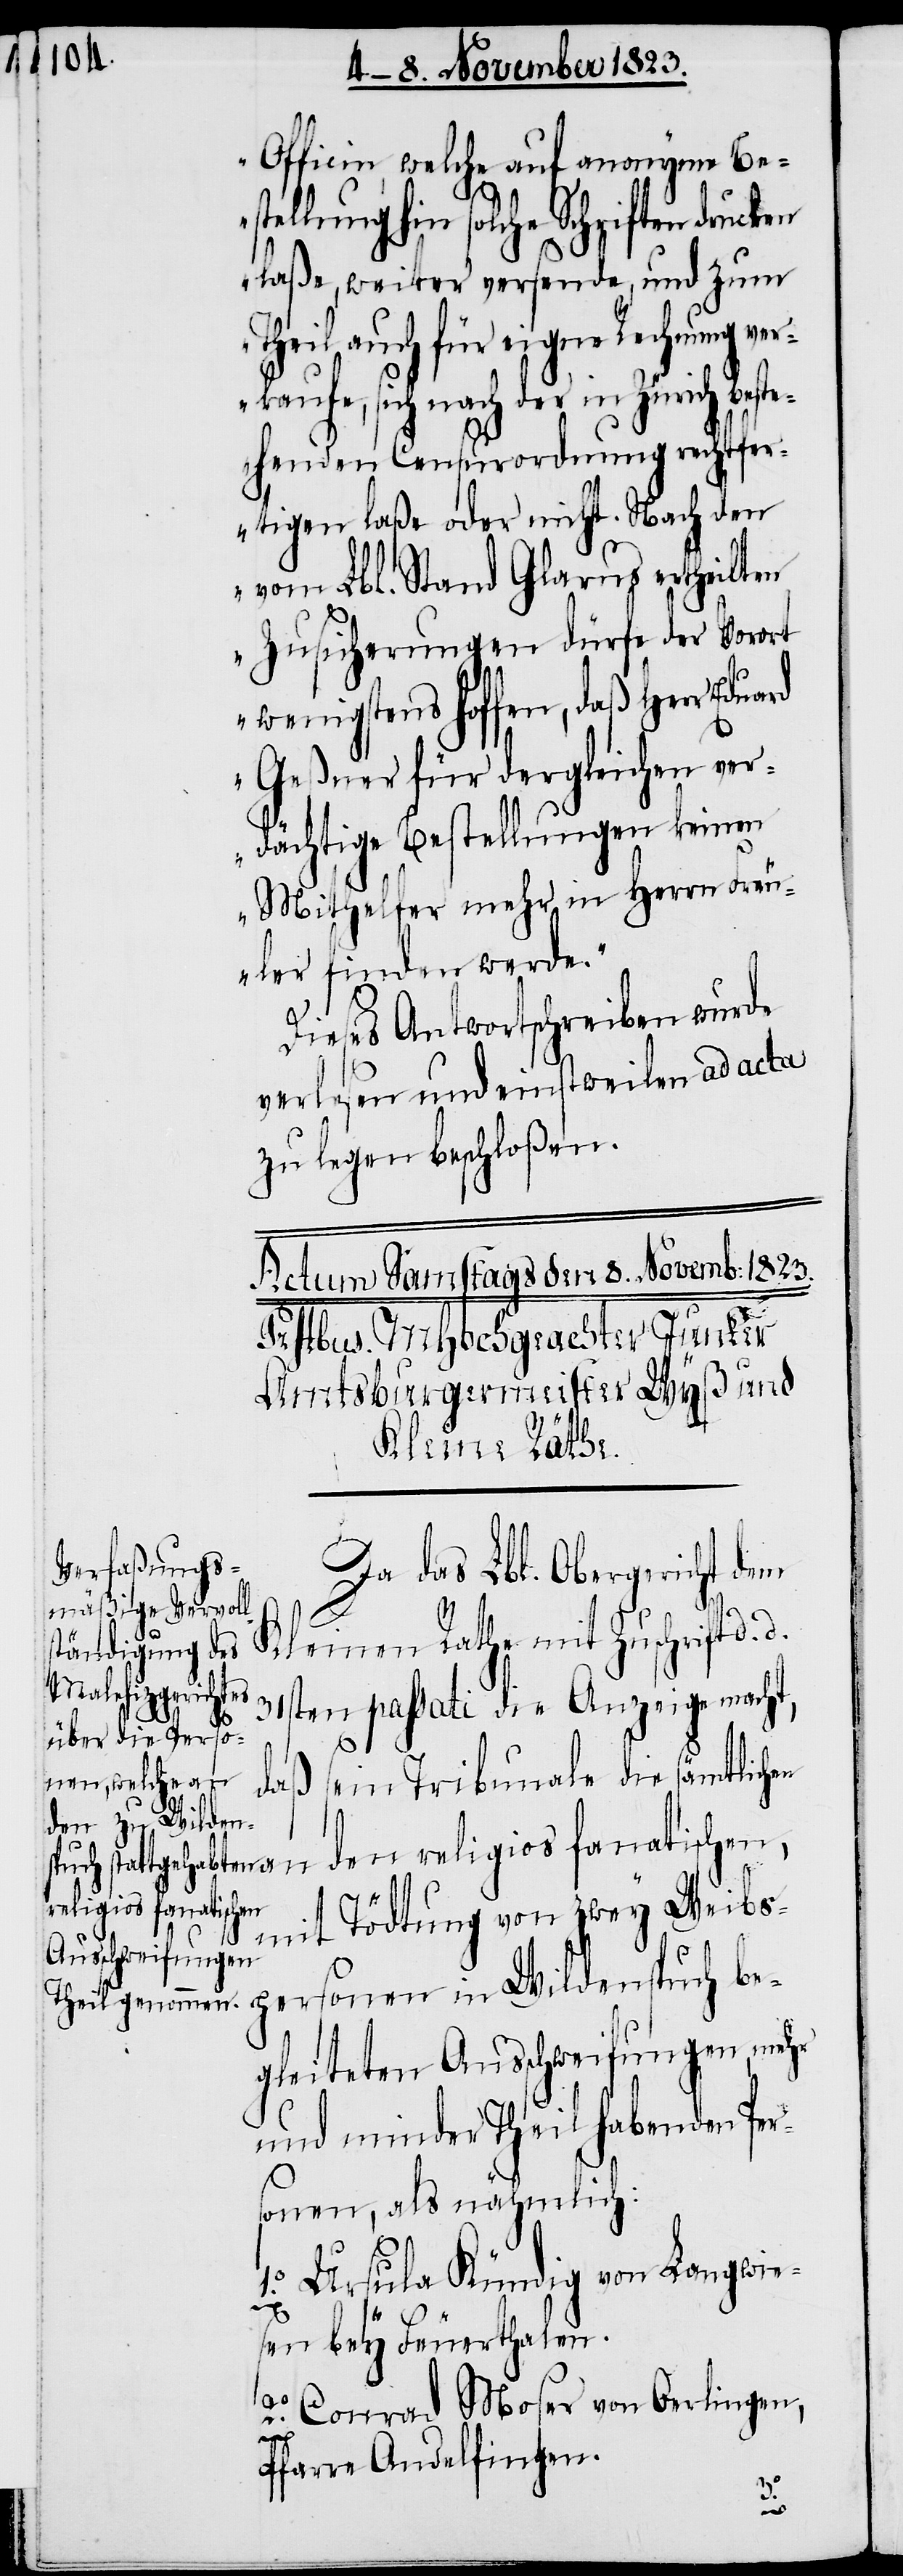
Officin, welche auf anonyme Be¬
stellung hin solche Schriften
laße, weiter versende, und zum
Theil auch für eigne Rechnung ver¬
kaufe, sich nach der in Zürich bes¬
tehenden Censurordnung rechtfe¬
rtigen laße oder nicht. Nach den
vom Lbl. Stand Glarus ertheilten
Zusicherungen dürfe der Vorort
wenigstens hoffen, daß Herr
Geßner für dergleichen ver¬
dächtige Bestellungen keinen
Mithelfer mehr in Herrn Freu¬
ler finden werde.“
Dieses Antwortschreiben wurde
verlesen und einstweilen ad acta
zu legen beschloßen.
an
Da das Lbl. Obergericht dem
Kleinen Rathe mit Zuschrift d.
31sten passati die Anzeige mach¬
t, daß sein Tribunale die sämtlichen
religios fanatischen,
mit Tödtung von zwey Weibs¬
d.
personen in Wildenspuch be¬
gleiteten Ausschweifungen, mehr
und minder Theil habenden Per¬
sonen, als nähmlich:
1.o Ursula Kündig von Langwie¬
sen bey Feuerthalen.
2.o Conrad Moser von Oerlingen,
Pfarre Andelfingen.
den